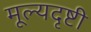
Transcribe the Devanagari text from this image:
मूल्यदृष्टी